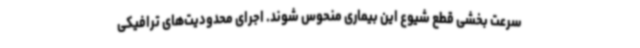
سرعت بخشی قطع شیوع این بیماری منحوس شوند. اجرای محدودیت‌های ترافیکی